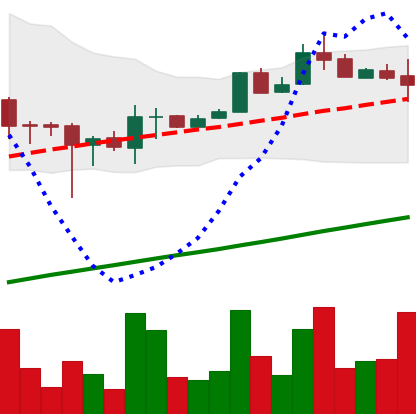
Ticker: LTC-USD
Chart end date: 2017-08-13
Forward return: 3.206%
Label: up_3_5